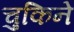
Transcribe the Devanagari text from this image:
चुकिने